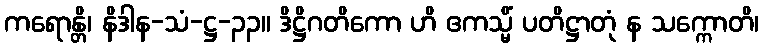
ကရောန္တိ၊ နိဒါန-သံ-ဋ္ဌ-၃၃။ ဒိဋ္ဌိဂတိကော ဟိ ဧကသ္မိံ ပတိဋ္ဌာတုံ န သက္ကောတိ၊